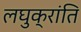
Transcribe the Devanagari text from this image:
लघुक्रांति